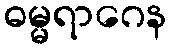
ဓမ္မရာဂေန